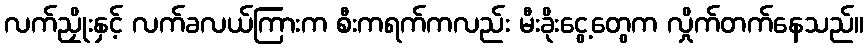
လက်ညှိုးနှင့် လက်ခလယ်ကြားက စီးကရက်ကလည်း မီးခိုးငွေ့တွေက လှိုက်တက်နေသည်။